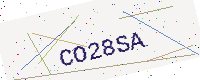
Text: CO28SA